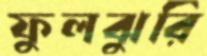
ফুলঝুরি